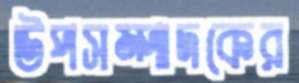
উপসম্পাদকের